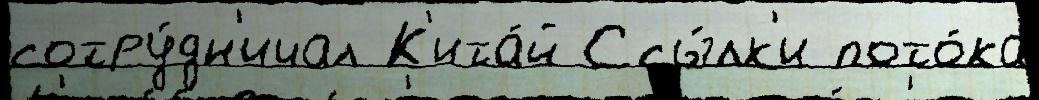
сотру́дн'ичал К'ита́й Ссы́лк'и пото́ка